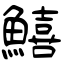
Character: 鱚